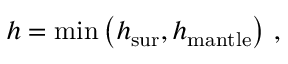
h = \mathrm { m i n } \left( h _ { \mathrm { s u r } } , h _ { \mathrm { m a n t l e } } \right) \, ,